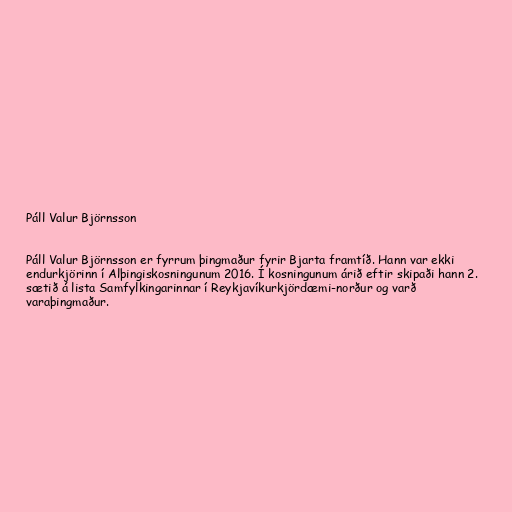
Páll Valur Björnsson

Páll Valur Björnsson er fyrrum þingmaður fyrir Bjarta framtíð. Hann var ekki
endurkjörinn í Alþingiskosningunum 2016. Í kosningunum árið eftir skipaði hann 2.
sætið á lista Samfylkingarinnar í Reykjavíkurkjördæmi-norður og varð
varaþingmaður.